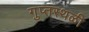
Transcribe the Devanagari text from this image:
गुप्तस्थळी